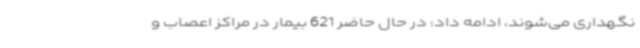
نگهداری می‌شوند، ادامه داد: در حال حاضر 621 بیمار در مراکز اعصاب و